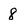
Character: 8